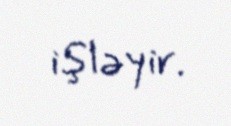
işləyir.